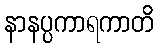
နာနပ္ပကာရကာတိ